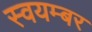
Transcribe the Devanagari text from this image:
स्वयम्बर